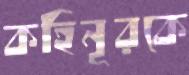
কহিনূরকে